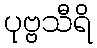
ပုဗ္ဗသီရိ